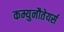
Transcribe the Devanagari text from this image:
कम्युनौतेयर्स